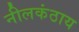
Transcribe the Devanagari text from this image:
नीलकंठाय